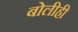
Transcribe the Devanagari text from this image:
बोलीही